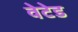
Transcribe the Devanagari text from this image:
वेटेड